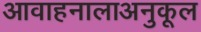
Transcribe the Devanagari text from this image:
आवाहनालाअनुकूल